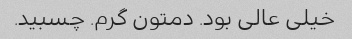
خیلی عالی بود. دمتون گرم. چسبید.